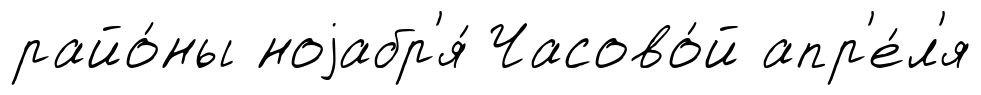
райо́ны ноjабр'я́ Часово́й апр'е́л'я